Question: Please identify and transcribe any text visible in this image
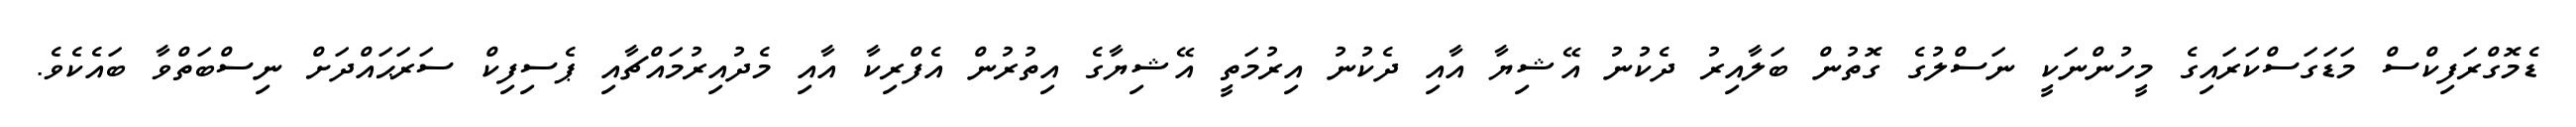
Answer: ޑެމޮގްރަފިކްސް މަޑަގަސްކަރައިގެ މީހުންނަކީ ނަސްލުގެ ގޮތުން ބަލާއިރު ދެކުނު އޭޝިޔާ އާއި ދެކުނު އިރުމަތީ އޭޝިޔާގެ އިތުރުން އެފްރިކާ އާއި މެދުއިރުމައްޗާއި ޕެސިފިކް ސަރަޙައްދަށް ނިސްބަތްވާ ބައެކެވެ.